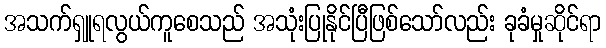
အသက်ရှူရလွယ်ကူစေသည် အသုံးပြုနိုင်ပြီဖြစ်သော်လည်း ခုခံမှုဆိုင်ရာ